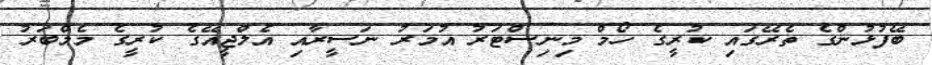
ބޭފުޅުންގެ ތެރޭގައި ކުރީގެ ހޯމް މިނިސްޓަރު އުމަރު ނަސީރާއި އެލްޖީއޭގެ ކުރީގެ މެމްބަރު